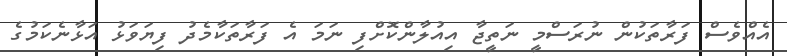
އެއްވެސް ފަރާތަކުން ނުރަސްމީ ނަތީޖާ އިއުލާންކޮށްފި ނަމަ އެ ފަރާތަކާމެދު ފިޔަވަޅު އަޅާނެކަމުގެ